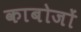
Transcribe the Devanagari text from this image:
काबोजों